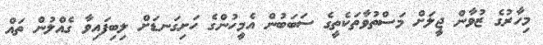
މިހާރުގެ ޒުވާން ޖީލަށް މަސްތުވާތަކެތީގެ ސަބަބުން އެމީހުންގެ ހަށިގަނޑަށް ލިބިފައިވާ ގެއްލުން ތައް